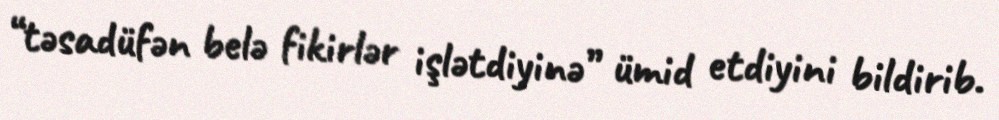
“təsadüfən belə fikirlər işlətdiyinə” ümid etdiyini bildirib.